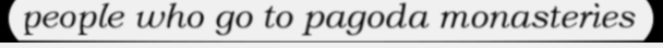
people who go to pagoda monasteries